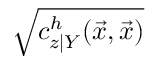
\sqrt { c _ { z \vert Y } ^ { h } ( \vec { x } , \vec { x } ) }